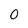
Character: 0